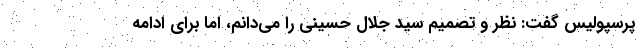
پرسپولیس گفت: نظر و تصمیم سید جلال حسینی را می‌دانم، اما برای ادامه